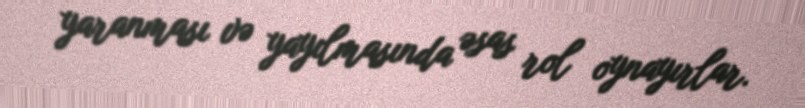
yaranması və yayılmasında əsas rol oynayırlar.